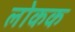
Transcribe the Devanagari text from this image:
लोकक